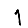
Digit: 1